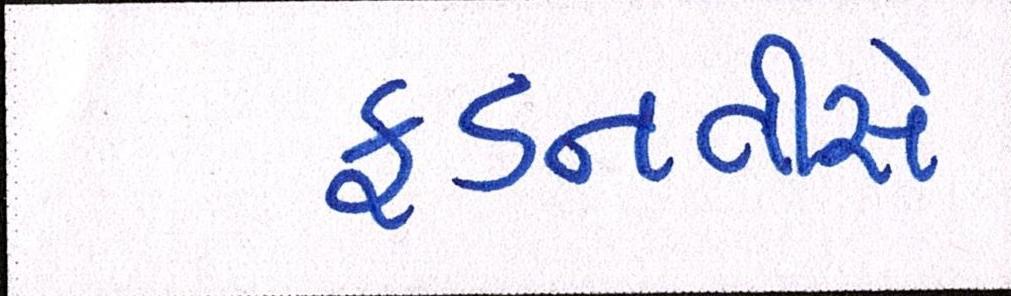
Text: ફડનવીસે